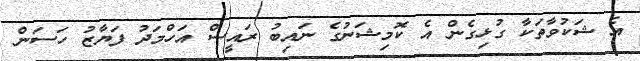
އެ ޝަކުވާތަކާ ގުޅިގެން އެ ކޮމިޝަނުގެ ނައިބު ރައީސް އަހްމަދު ފަޔާޒު ހަސަން